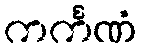
ကင်္ကဏံ